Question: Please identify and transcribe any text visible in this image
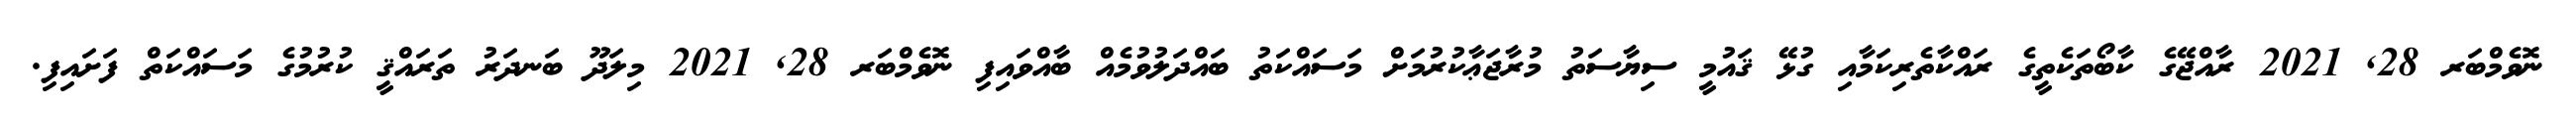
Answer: ނޮވެމްބަރ 28, 2021 ރާއްޖޭގެ ކާބޯތަކެތީގެ ރައްކާތެރިކަމާއި ގުޅޭ ޤައުމީ ސިޔާސަތު މުރާޖަޢާކުރުމަށް މަސައްކަތު ބައްދަލުވުމެއް ބާއްވައިފި ނޮވެމްބަރ 28, 2021 މިލަދޫ ބަނދަރު ތަރައްޤީ ކުރުމުގެ މަސައްކަތް ފަށައިފި.